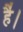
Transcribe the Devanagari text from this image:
है॑।